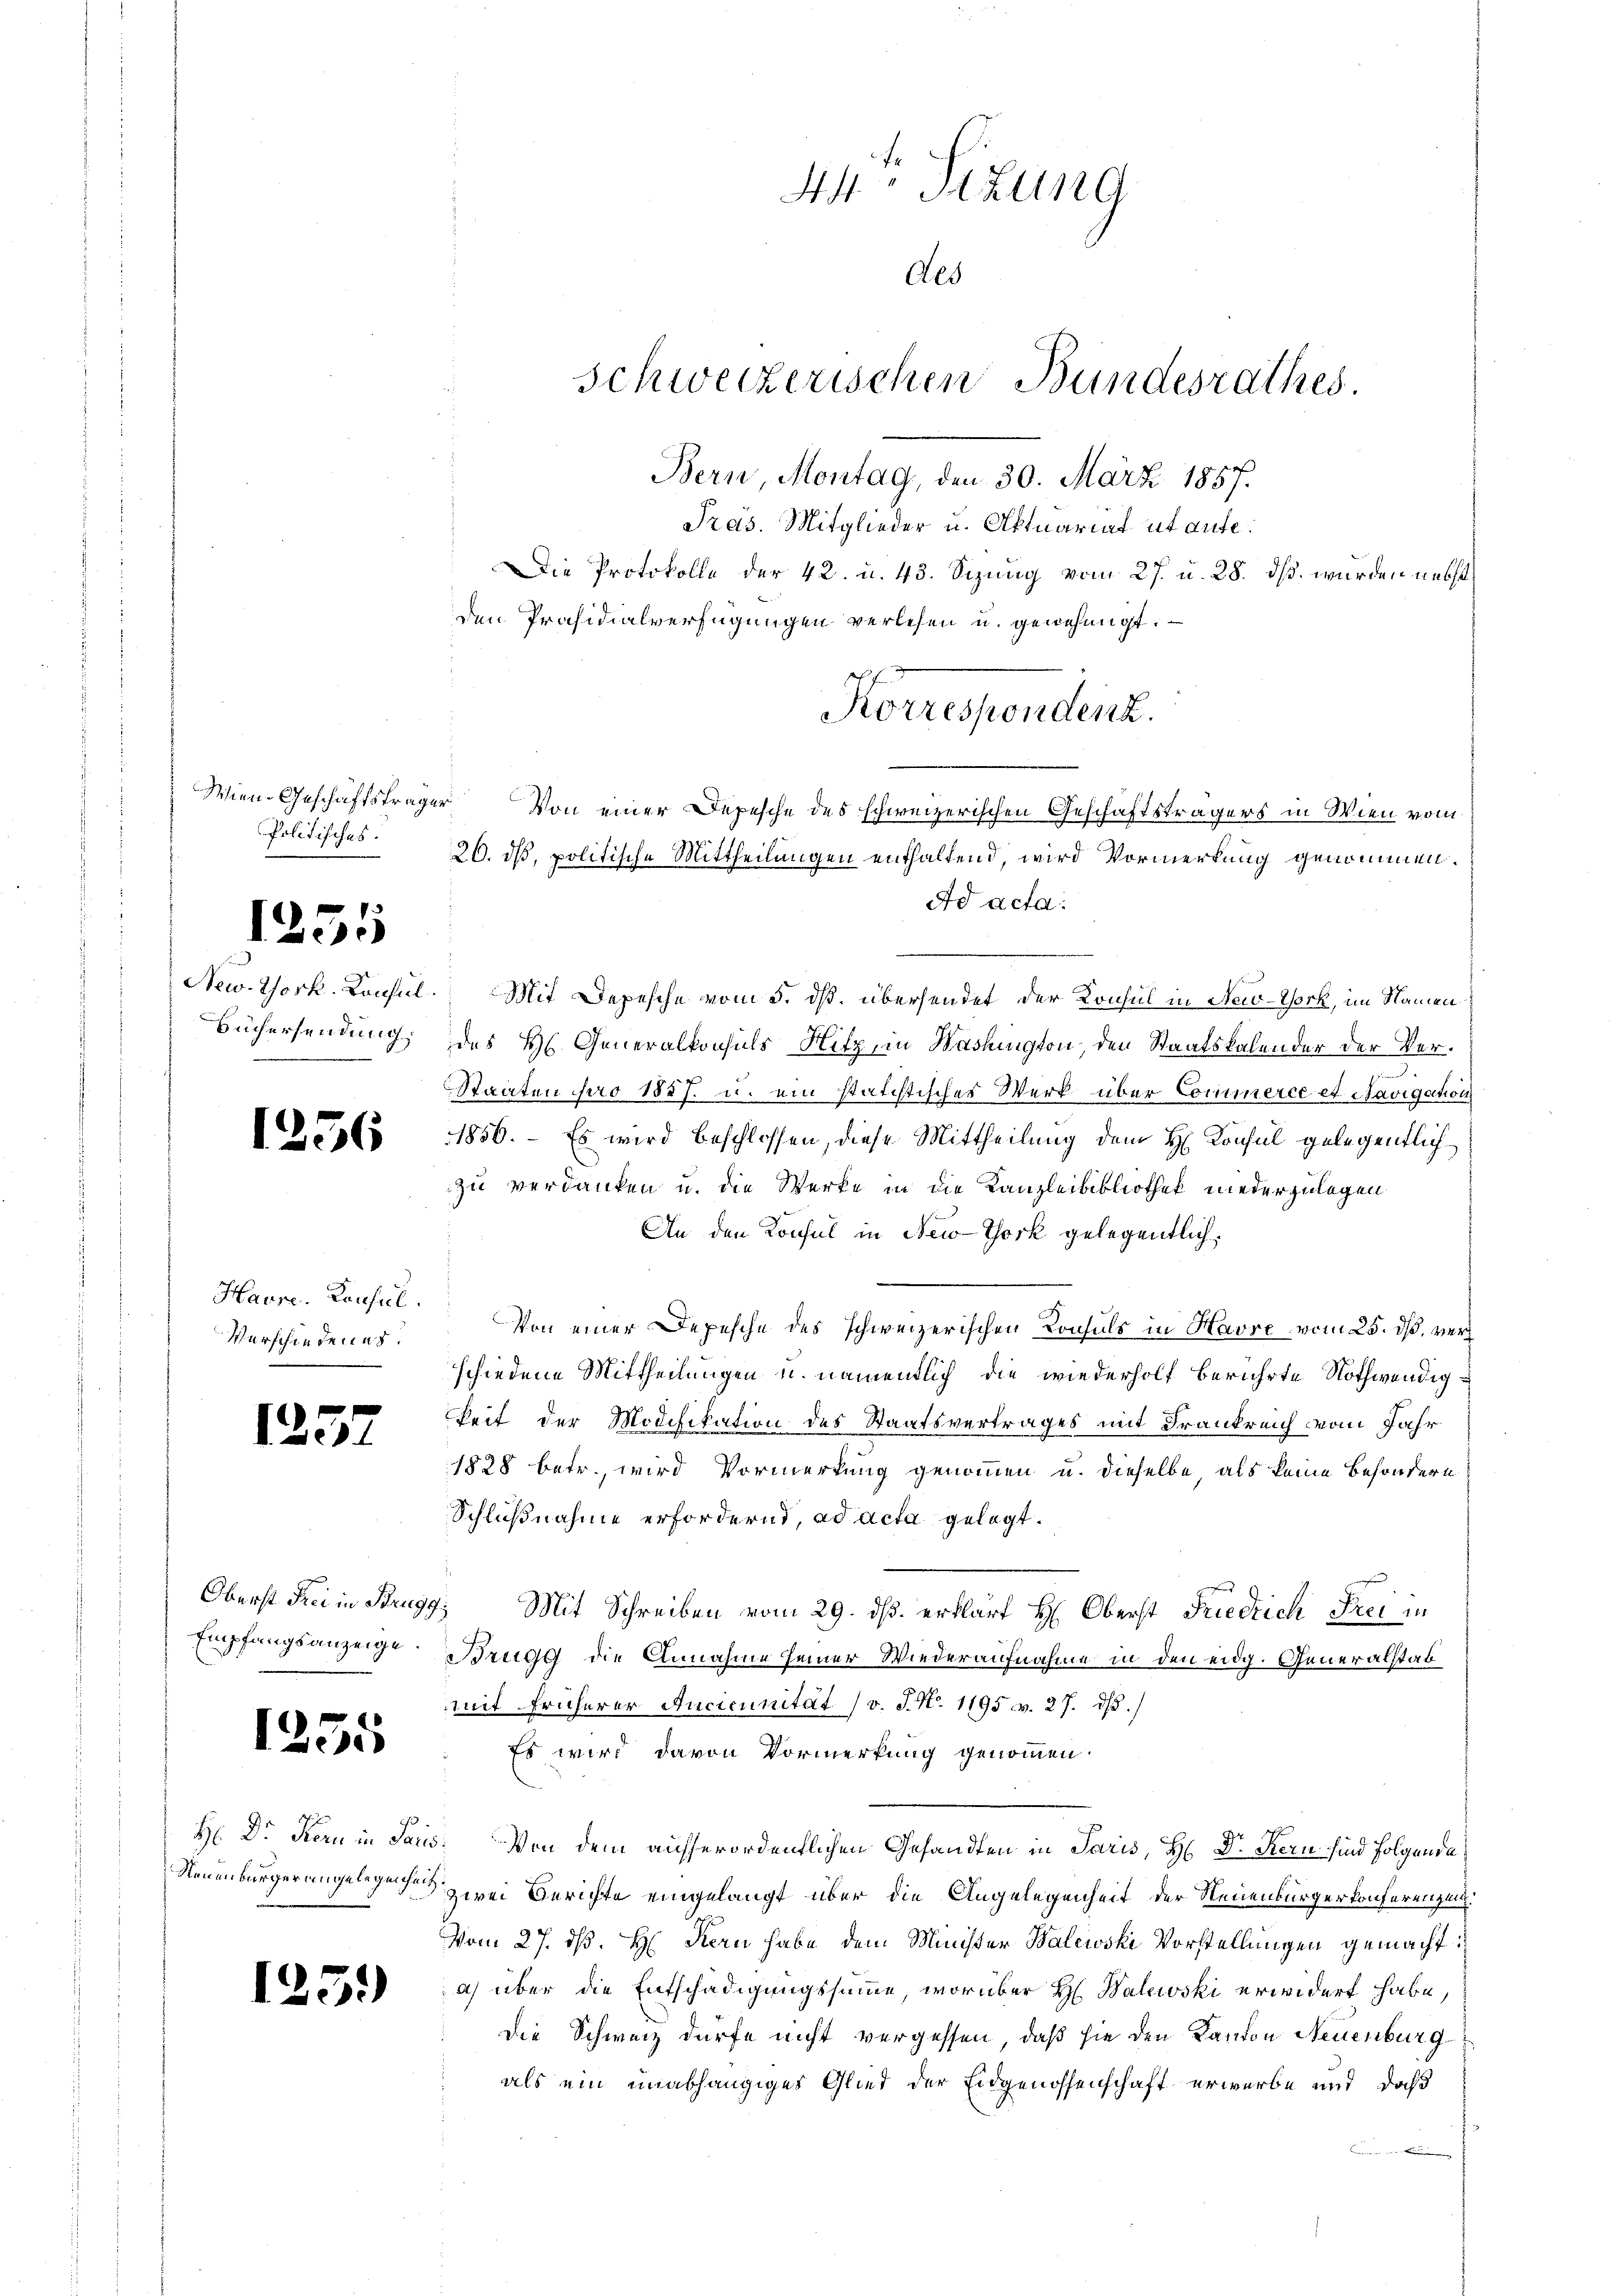
Wien Geschäftsträger
Politisches.

1255

Büchersendung;

125

Haure. Consil.
Verschiedenes.

1257

6

Empfangsanzeige.

1255

125.)

44te Sitzung
Als
Schweizerischen Bundesrathes.
Bern, Montag, den 30. März 1857.
Pras. Mitglieder u. Aktuariat ut aufe.
Die Protokolle der 42. u. 43. Sizung vom 27. u. 28. ds. wurden nebst
den Präsidialverfügungen verlesen u. genehmigt.
Ahf.
Korrespondenz.
Von einer Depesche des schweizerischen Geschäftsträgers in Wien vom
26. ds, politische Mittheilungen enthaltend, wird Vormerkung genommen.

Ad acta

New York Consul. Mit Depesche vom 5. dß. übersendet der Konsul in New-York, im Namen
des Hs. Generalkonsuls Hitz, in Washington, den Staatskalender der Ver¬
Staaten pro 1887. u. ein statistischer Werk über Commerce et. Navigation
1856.  Es wird beschlossen, diese Mittheilung dem H. Konsul gelegentlich
zu verdanken u. die Werke in die Kanzleibibliothek niederzulegen
An den Konsul in New-York gelegentlich
Von einer Depesche des schweizerischen Konsuls in Havre, vom 25. ds. verschiedene Mittheilungen u. namentlich die wiederholt berührte Nothwendigkeit der Modifikation des Staatsvertrages mit Frankreich vom Jahr
1828 betr., wird Vormerkung genommen u. dieselbe, als keine Besondern
Schlußnahme erfordernd, ad acta gelegt.
Oberst drei in Brugg, Mit Schreiben vom 29. ds. erklärt H: Oberst Friedrich Frei in
Brugg die Annahme seiner Wiederaufnahme in den eidg. Generalstab
mit früherer Anciennität (v. J. N. 1195 v. 27. ds.
Es wird davon Vormerkung genommen.
H Dr. Kern in Saus: Von dem ausserordentlichen Gesandten in Paris, H. Dr Kern sind folgende
Neuenburgerungen gehen zwei Berichte eingelangt über die Angelegenheit der Neuenburgerkonferenzei¬
Vom 27. dß. H. Kern habe dem Minister Balewski Vorstellungen gemacht:
a) über die Entschädigungssumme, worüber H. Walewski erwidert habe,
Die Schweiz dürfe nicht vergessen, daß sie den Kanton Neuenburg
als ein unabhängiges Glied der Eidgenossenschaft erwerbe und daß
 Kurien